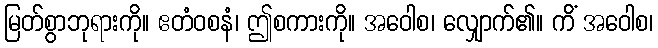
မြတ်စွာဘုရားကို။ ဧတံဝစနံ၊ ဤစကားကို။ အဝေါစ၊ လျှောက်၏။ ကိံ အဝေါစ၊